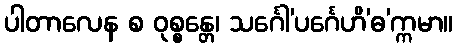
ပါတာလေန စ ဝုစ္စန္တေ၊ သင်္ဂေါ’ပင်္ဂေဟိ’ဓ’က္ကမာ။